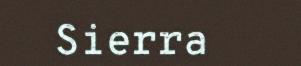
Sierra